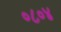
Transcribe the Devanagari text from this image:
०८०४